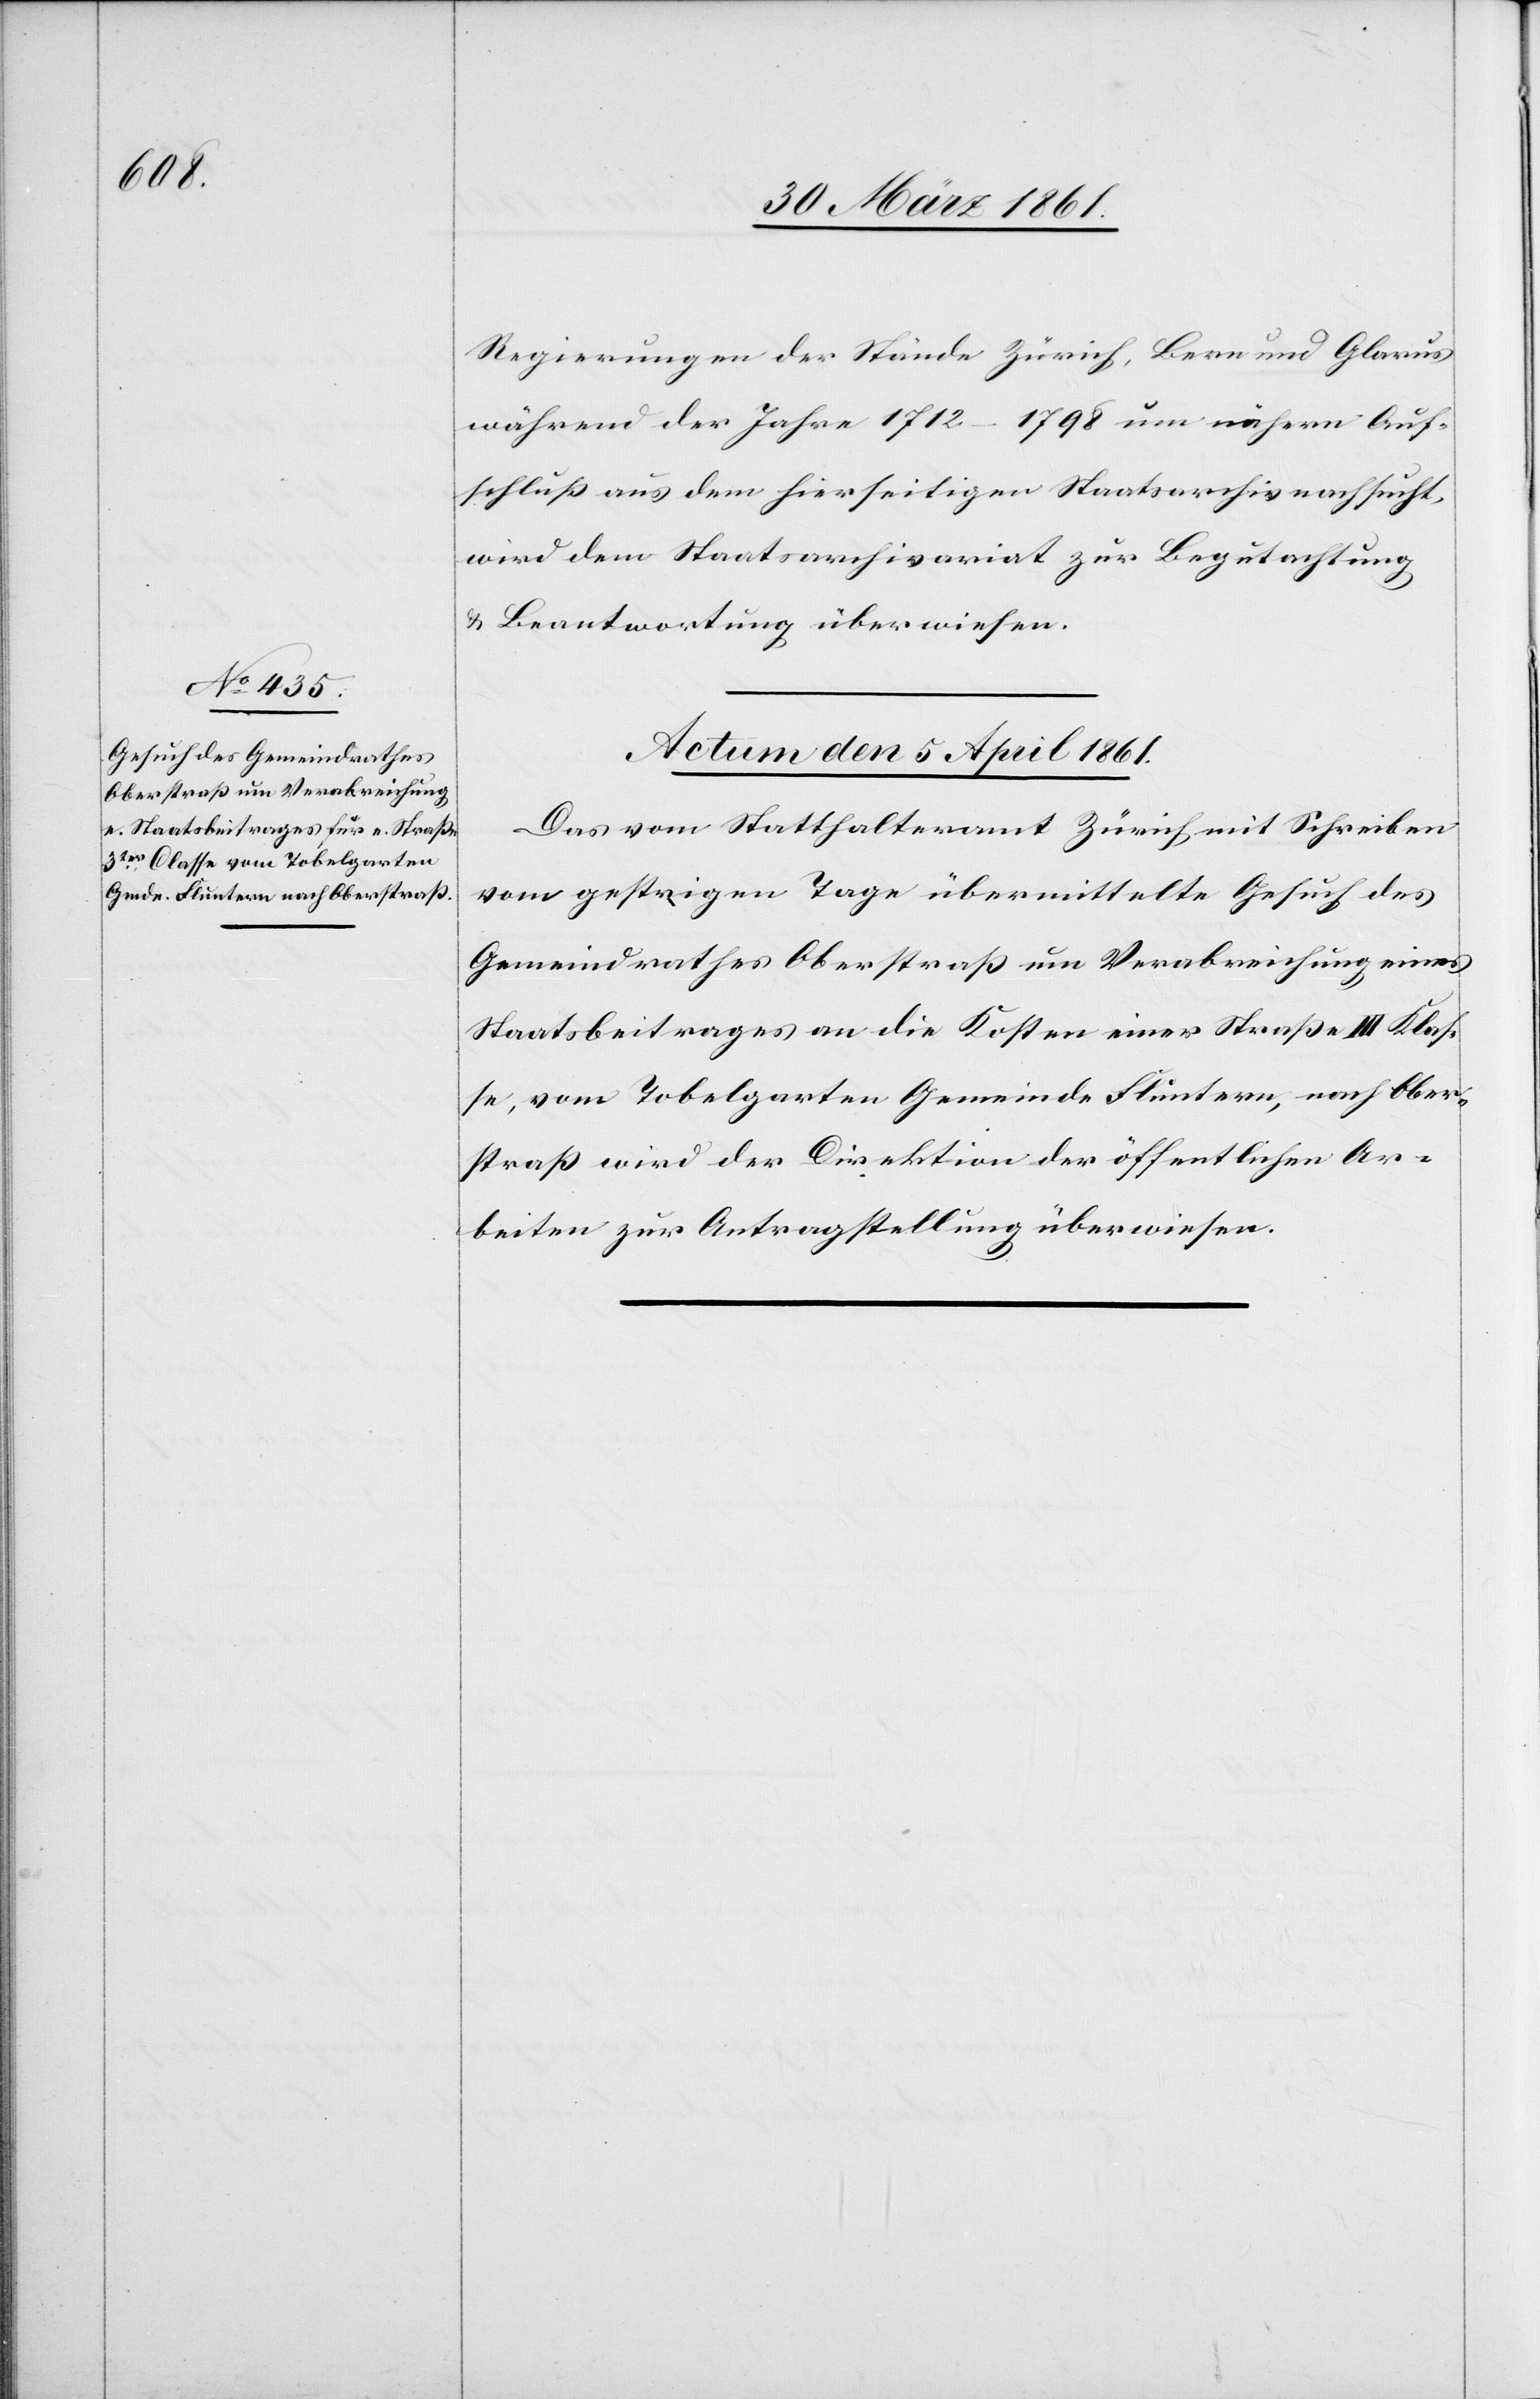
Regierungen der Stände Zürich, Bern und Glarus
während der Jahre 1712–1798 um nähern Auf¬
schluß aus dem hierseitigen Staatsarchiv nachsucht,
wird dem Staatsarchivariat zur Begutachtung
u. Beantwortung überwiesen.
Actum den 5. April 1861.]
Das vom Statthalteramt Zürich mit Schreiben
vom gestrigen Tage übermittelte Gesuch des
Gemeindrathes Oberstraß um Verabreichung eines
Staatsbeitrages an die Kosten einer Straße III. Klas¬
se, vom Tobelgarten Gemeinde Fluntern, nach Ober¬
straß wird der Direktion der öffentlichen Ar¬
beiten zur Antragstellung überwiesen.